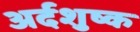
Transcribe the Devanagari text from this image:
अर्दशुष्क